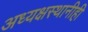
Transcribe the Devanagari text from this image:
अध्यक्षस्थानीही